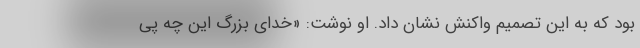
بود که به این تصمیم واکنش نشان داد. او نوشت: «خدای بزرگ این چه پی